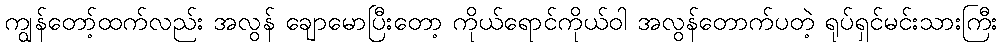
ကျွန်တော့်ထက်လည်း အလွန် ချောမောပြီးတော့ ကိုယ်ရောင်ကိုယ်ဝါ အလွန်တောက်ပတဲ့ ရုပ်ရှင်မင်းသားကြီး